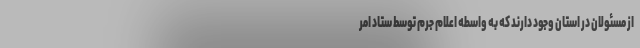
از مسئولان در استان وجود دارند که به واسطه اعلام جرم توسط ستاد امر